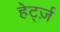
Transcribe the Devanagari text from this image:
हेर्ट्ज़